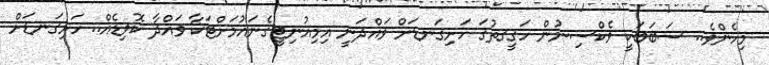
މިހެންވެ.. ސަބަބަކީ ވެކްސިނުން ހަޤީޤތުގަ ހަށިގަނޑަށް ވައްދަނީ އިމިއުނިޓީގެނައުމަށްޓަކާ ވައްދާ ކޮވިޑެއް.. ހަށިގަނޑަށް